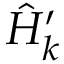
\hat { H } _ { k } ^ { \prime }